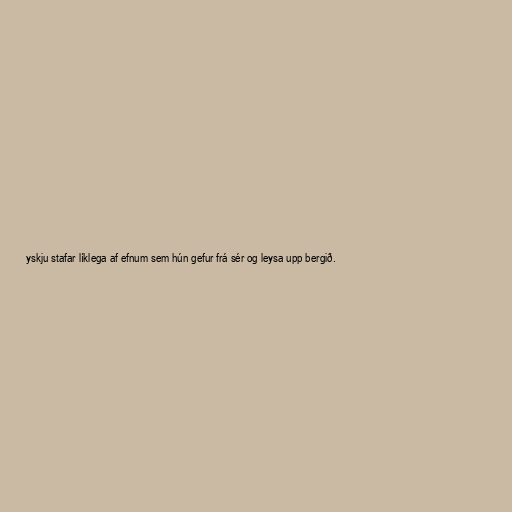
yskju stafar líklega af efnum sem hún gefur frá sér og leysa upp bergið.